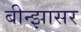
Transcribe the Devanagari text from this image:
बीन्झासर